NAE_kihelkonnakohtute_kirjad_ja_protokollid_1869-1889, lk 5
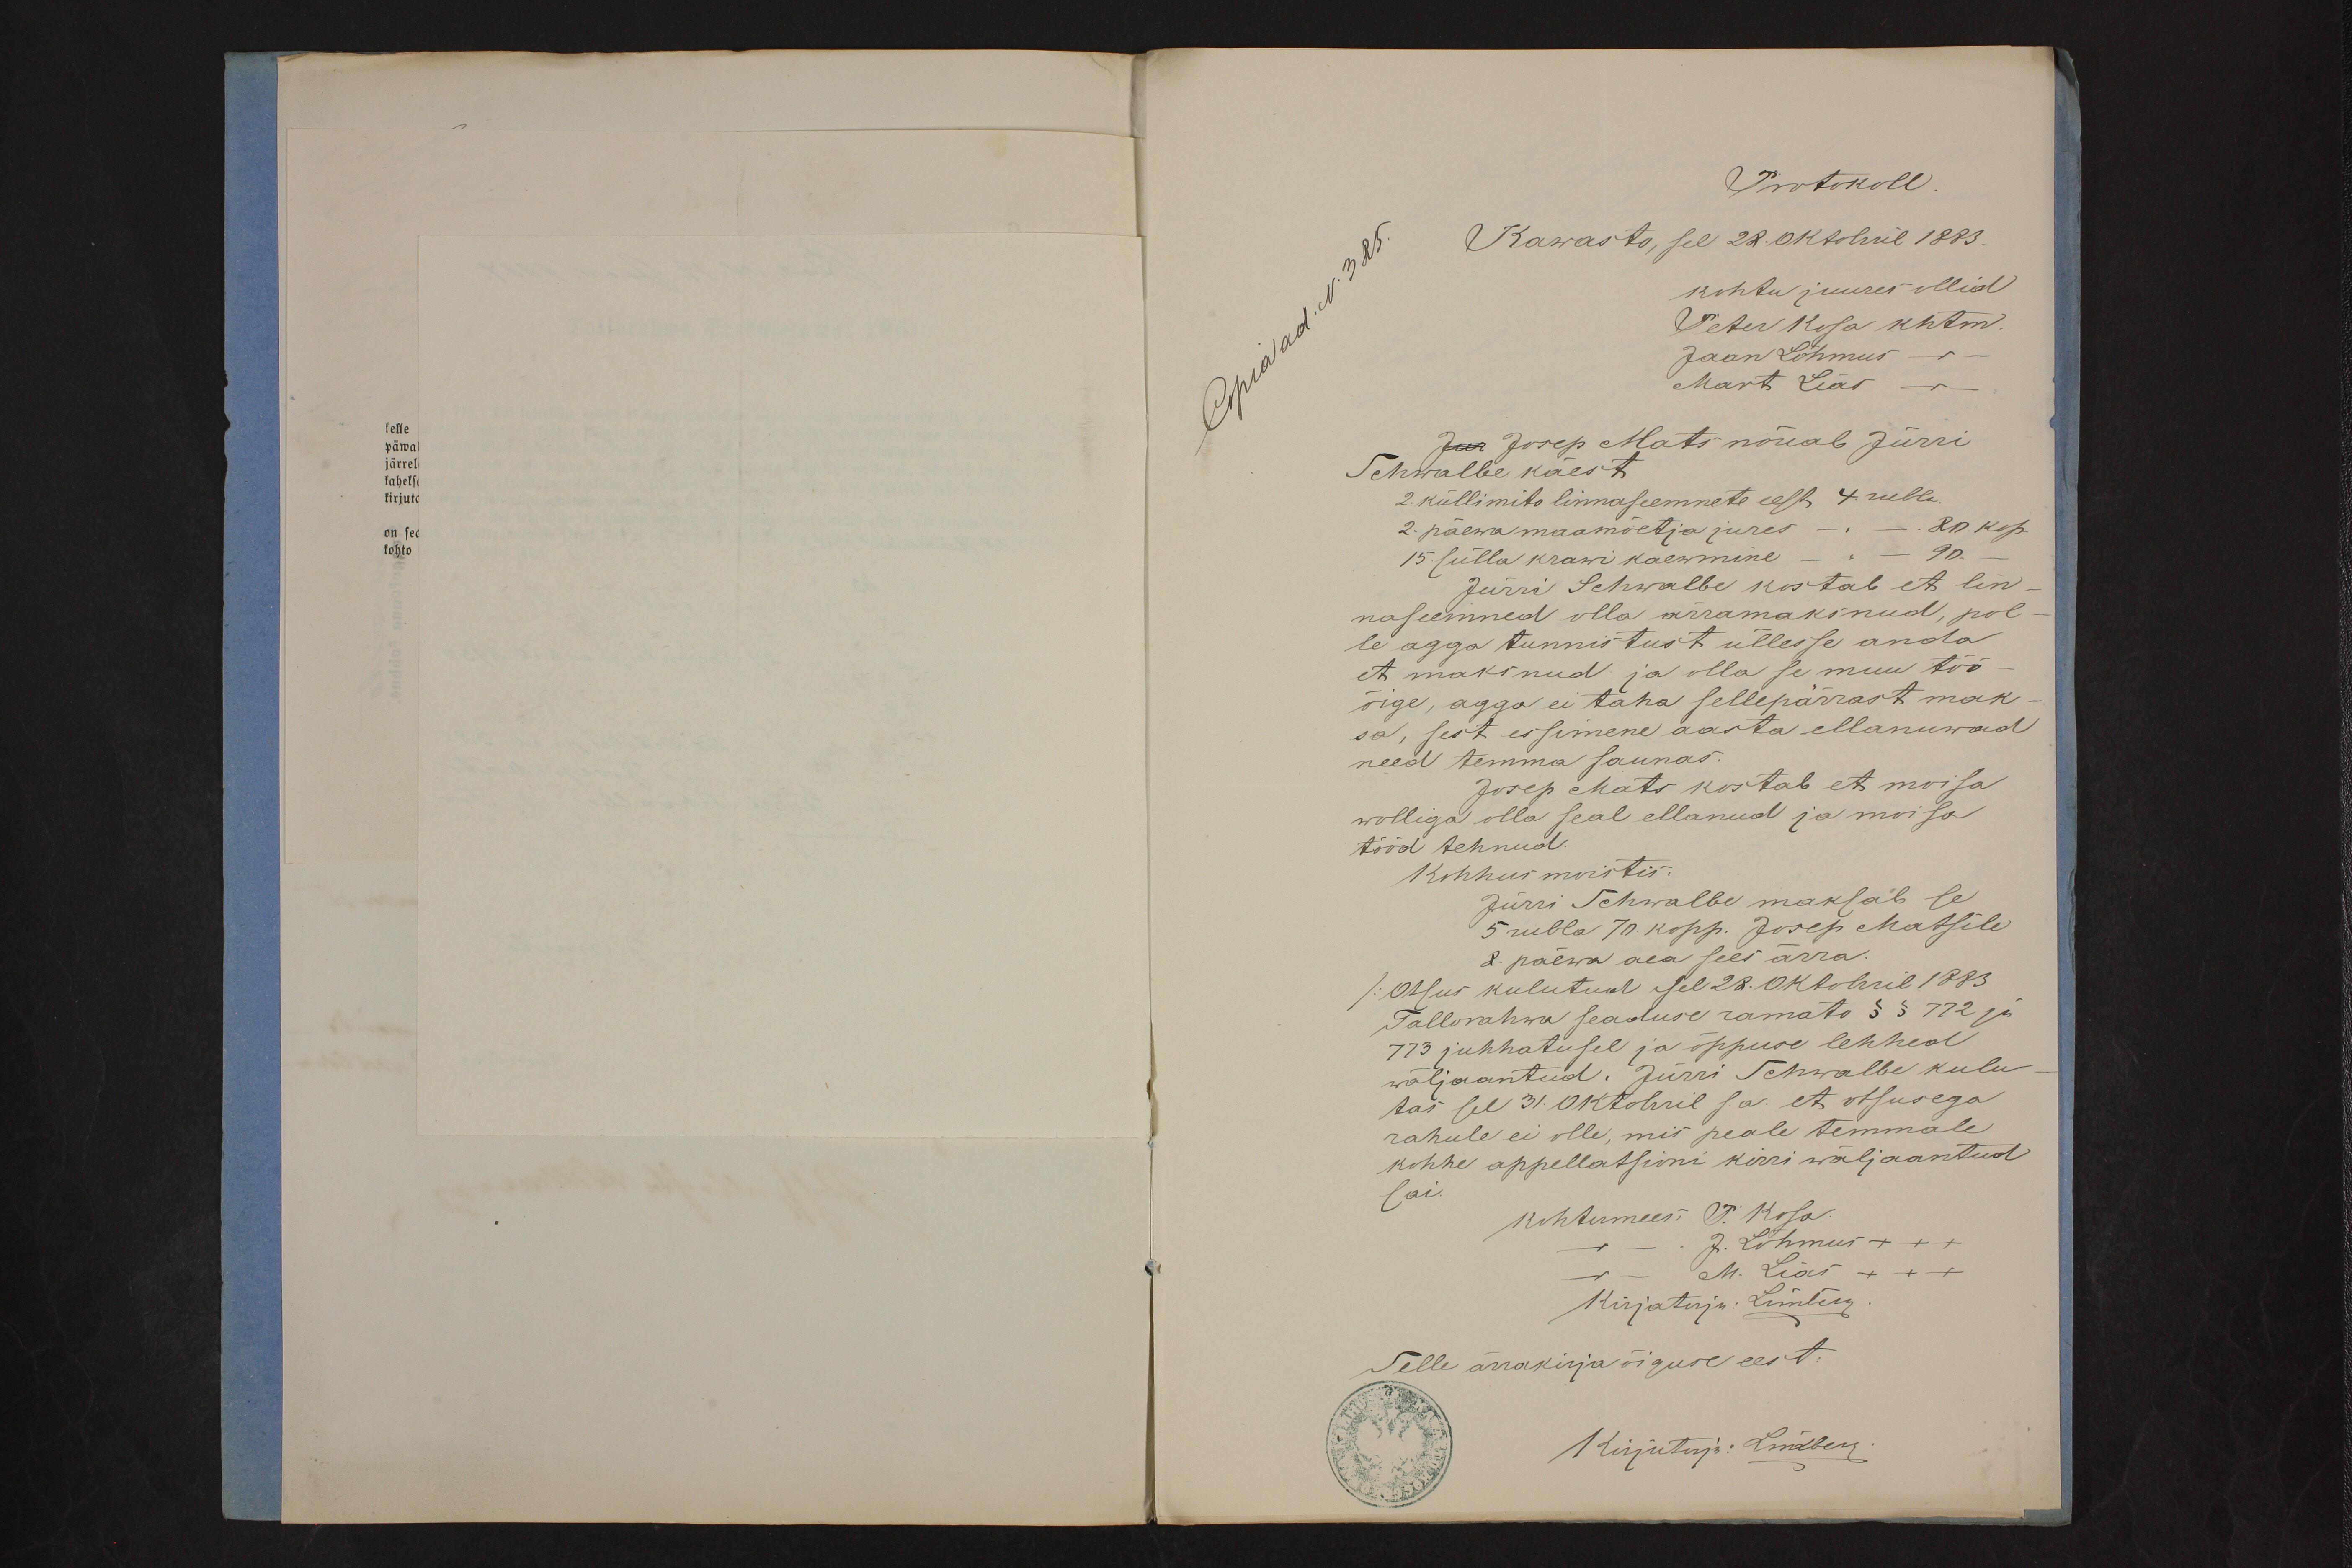
Protokoll
Kawasto, see 22 oktobril 1883
kohtu juures ollid
Peter Kesa khtm.
Jaan Lõhmus -
Mart Leas -
Jur Josep Mats nõuab Jürri
Schwalbe käest
2 küllimito linnaseemnete eest 4 rubla.
2 päewa maamõetja jures - - 80 kop
15 sülla krawi kaewmine
Jürri Schwalbe kostab et lin-
naseemned olla ärramaksnud, pol-
le agga tunnistust üllesse anda
et maksnud ja olla se muu töö
õige, agga ei taha sellepärrast mak-
sa, sest essimene aasta ellanuwad
need temma saunas
Josep Mats kostab et moisa
wolliga olla seal ellanud ja moisa
tööd tehnud.
Kohhus moistis
Jürri Schwalbe maksab se
5 rubla 70 kopp. Josep Matsile
8. päewa aea sees ärra.
/ Otsus kulutud sel 22. oktobril 1883
Tallorahwa seaduse ramato § § 772 ja
773 juhhatusel ja õppuse lehhed
wääljaantud. Jurri Schwalbe kulu-
tas sel 31. Oktobril s.a. et otsusega
rahule ei olle, mis peale temmale
kohhe appellatsioni kirri wäljaantud
sai.
Kohtumees P. Kesa
J. Lõhmus XXX
kirjotaja: Limberg
Selle ärrakirja õiguse eest.